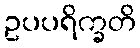
ဥပပရိက္ခတိ